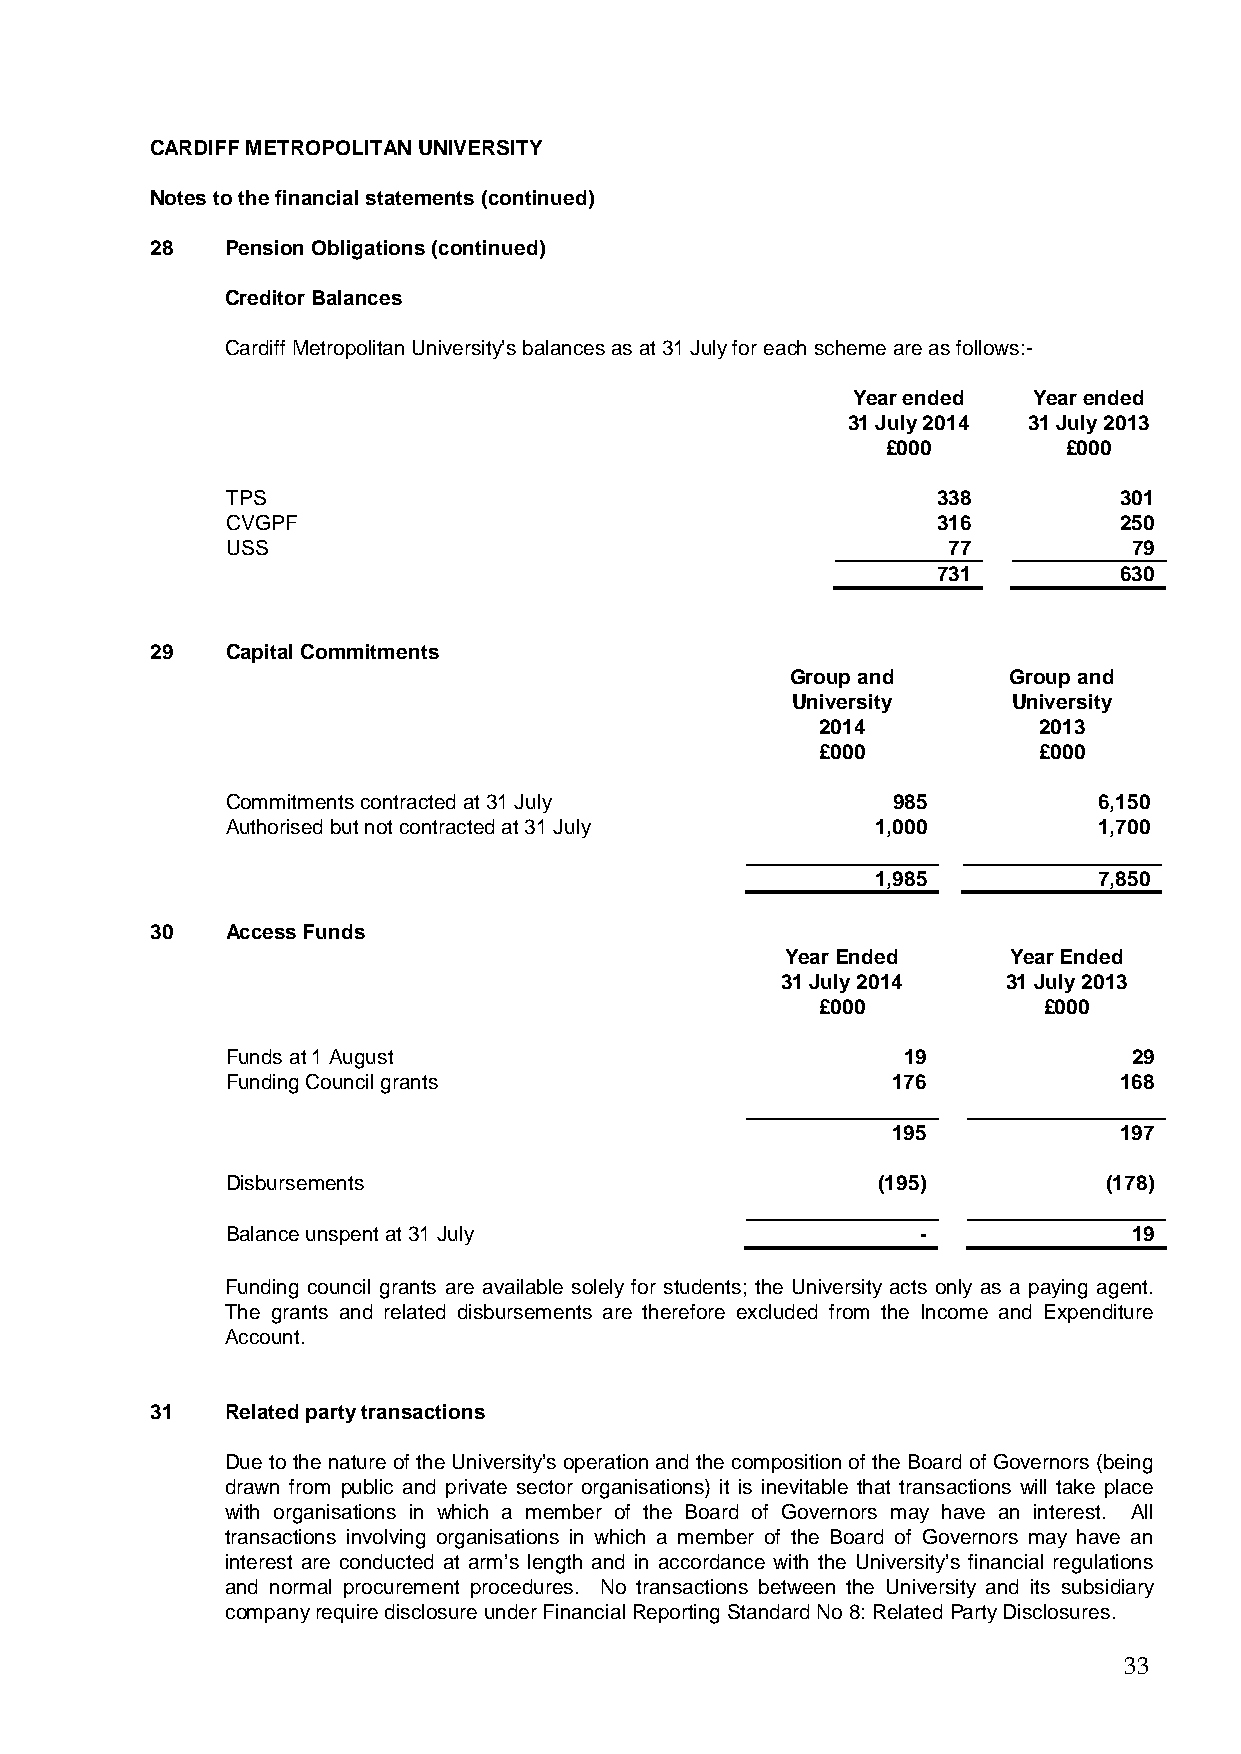
CARDIFF METROPOLITAN UNIVERSITY
 Notes to the financial statements (continued)
 28   Pension Obligations (continued)
 Creditor Balances
 Cardiff Metropolitan University’s balances as at 31 July for each scheme are as follows:-
 Year ended  Year ended
 31 July 2014 31 July 2013
 £000        £000
 TPS                                            338         301
 CVGPF                                          316         250
 USS                                             77          79
 731         630
 29   Capital Commitments
 Group and      Group and
 University     University
 2014           2013
 £000           £000
 Commitments contracted at 31 July           985           6,150
 Authorised but not contracted at 31 July   1,000          1,700
 1,985          7,850
 30   Access Funds
 Year Ended     Year Ended
 31 July 2014   31 July 2013
 £000           £000
 Funds at 1 August                            19             29
 Funding Council grants                      176            168
 195            197
 Disbursements                              (195)          (178)
 Balance unspent at 31 July                    -             19
 Funding council grants are available solely for students; the University acts only as a paying agent.
 The grants and related disbursements are therefore excluded from the Income and Expenditure
 Account.
 31   Related party transactions
 Due to the nature of the University’s operation and the composition of the Board of Governors (being
 drawn from public and private sector organisations) it is inevitable that transactions will take place
 with organisations in which a member of the Board of Governors may have an interest. All
 transactions involving organisations in which a member of the Board of Governors may have an
 interest are conducted at arm’s length and in accordance with the University’s financial regulations
 and normal procurement procedures. No transactions between the University and its subsidiary
 company require disclosure under Financial Reporting Standard No 8: Related Party Disclosures.
 33